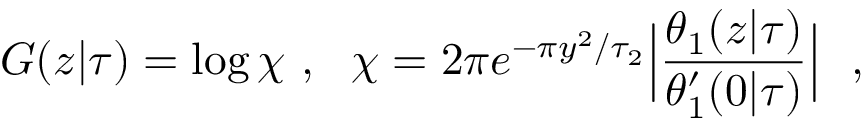
G ( z \vert \tau ) = \log \chi \ , \ \ \chi = 2 \pi e ^ { - \pi y ^ { 2 } / \tau _ { 2 } } \Bigl \vert { \frac { \theta _ { 1 } ( z \vert \tau ) } { \theta _ { 1 } ^ { \prime } ( 0 \vert \tau ) } } \Bigr \vert \ \ ,